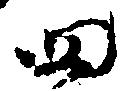
四